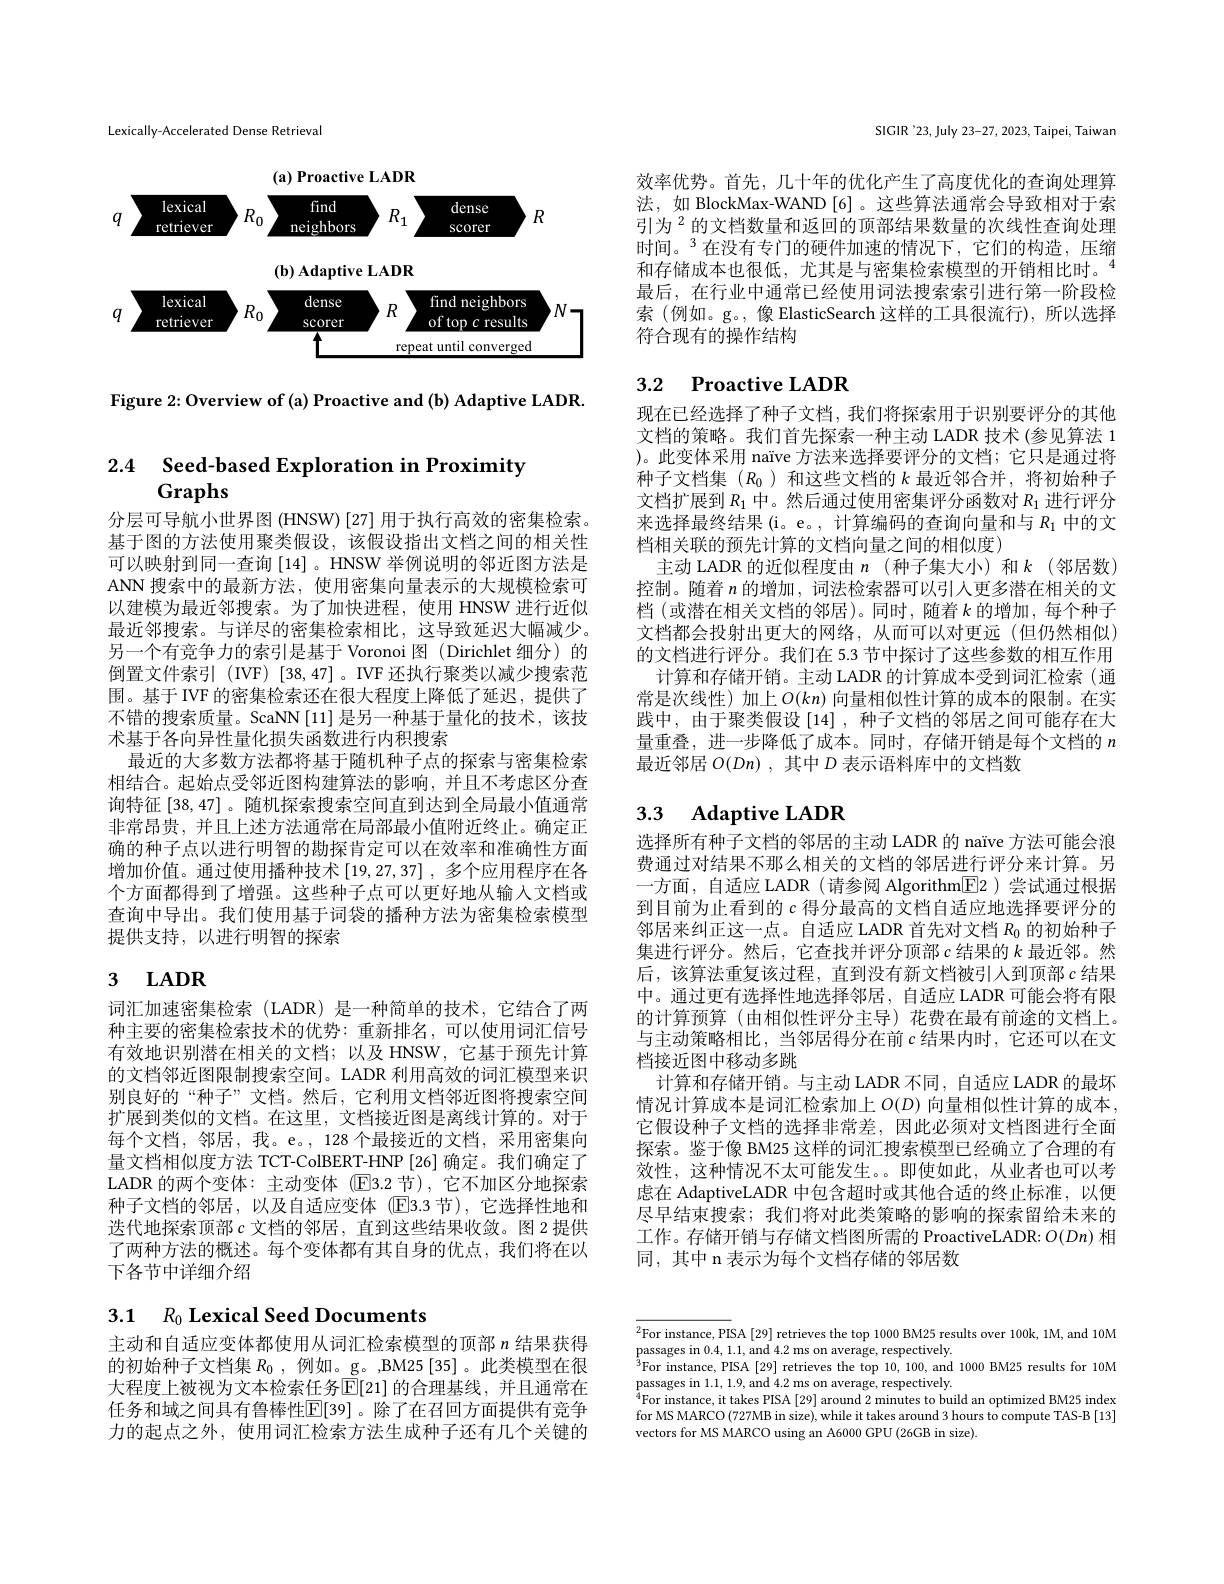
Lexically-Accelerated Dense Retrieval

<FigureHere>

Figure 2: Overview of (a) Proactive and (b) Adaptive LADR.

2.4 Seed-based Exploration in Proximity
# Graphs

分层可导航小世界图 (HNSW) [27] 用于执行高效的密集检索。基于图的方法使用聚类假设，该假设指出文档之间的相关性可以映射到同一查询 [14]。HNSW 举例说明的邻近图方法是ANN 搜索中的最新方法，使用密集向量表示的大规模检索可以建模为最近邻搜索。为了加快进程，使用 HNSW 进行近似最近邻搜索。与详尽的密集检索相比，这导致延迟大幅减少。另一个有竞争力的索引是基于 Voronoi 图 (Dirichlet 细分)的倒置文件索引 (IVF) [38,47]。IVF 还执行聚类以减少搜索范围。基于 IVF 的密集检索还在很大程度上降低了延迟，提供了不错的搜索质量。ScaNN[11] 是另一种基于量化的技术，该技术基于各向异性量化损失函数进行内积搜索
最近的大多数方法都将基于随机种子点的探索与密集检索相结合。起始点受邻近图构建算法的影响，并且不考虑区分查询特征[38,47] 。随机探索搜索空间直到达到全局最小值通常非常昂贵，并且上述方法通常在局部最小值附近终止。确定正确的种子点以进行明智的勘探肯定可以在效率和准确性方面增加价值。通过使用播种技术$\left[19,27,37\right]$,多个应用程序在各个方面都得到了增强。这些种子点可以更好地从输入文档或查询中导出。我们使用基于词袋的播种方法为密集检索模型提供支持，以进行明智的探索

# 3 LADR

词汇加速密集检索 (LADR) 是一种简单的技术，它结合了两种主要的密集检索技术的优势：重新排名，可以使用词汇信号有效地识别潜在相关的文档；以及 HNSW,它基于预先计算的文档邻近图限制搜索空间。LADR 利用高效的词汇模型来识别良好的“种子”文档。然后，它利用文档邻近图将搜索空间扩展到类似的文档。在这里，文档接近图是离线计算的。对于每个文档，邻居，我。e。, 128 个最接近的文档，采用密集向量文档相似度方法 TCT-ColBERT-HNP [26] 确定。我们确定了LADR 的两个变体：主动变体 (E3.2 节), 它不加区分地探索种子文档的邻居，以及自适应变体(E3.3 节),它选择性地和迭代地探索顶部$c$文档的邻居，直到这些结果收敛。图 2 提供了两种方法的概述。每个变体都有其自身的优点，我们将在以下各节中详细介绍

# 3.1 $R_0$ Lexical Seed Documents

主动和自适应变体都使用从词汇检索模型的顶部$n$结果获得的初始种子文档集$R_0$,例如。g。,BM25[35]。此类模型在很大程度上被视为文本检索任务$\overline{\mathbb{E}}[21]$ 的合理基线，并且通常在任务和域之间具有鲁棒性$\mathbb{E}[$39]。除了在召回方面提供有竞争力的起点之外，使用词汇检索方法生成种子还有几个关键的

SIGIR'23, July 23-27, 2023, Taipei, Taiwan

效率优势。首先，几十年的优化产生了高度优化的查询处理算法，如 BlockMax-WAND[6]。这些算法通常会导致相对于索引为$^{2}$的文档数量和返回的顶部结果数量的次线性查询处理时间。$^{3}$在没有专门的硬件加速的情况下，它们的构造，压缩和存储成本也很低，尤其是与密集检索模型的开销相比时。$^{4}$ 最后，在行业中通常已经使用词法搜索索引进行第一阶段检索(例如。g。,像 ElasticSearch 这样的工具很流行),所以选择符合现有的操作结构

# 3.2 Proactive LADR

现在已经选择了种子文档，我们将探索用于识别要评分的其他文档的策略。我们首先探索一种主动 LADR 技术 (参见算法 1 )。此变体采用 naïve 方法来选择要评分的文档；它只是通过将种子文档集$(R_0$ )和这些文档的$k$最近邻合并，将初始种子文档扩展到$R_1$中。然后通过使用密集评分函数对$R_{1}$进行评分来选择最终结果(i。e。, 计算编码的查询向量和与$R_1$中的文档相关联的预先计算的文档向量之间的相似度)
主动 LADR 的近似程度由 $n$ (种子集大小)和$k$ (邻居数) 控制。随着$n$的增加，词法检索器可以引人更多潜在相关的文档 (或潜在相关文档的邻居)。同时，随着$k$的增加，每个种子文档都会投射出更大的网络，从而可以对更远(但仍然相似) 的文档进行评分。我们在 5.3 节中探讨了这些参数的相互作用
计算和存储开销。主动 LADR 的计算成本受到词汇检索 (通常是次线性)加上$O(kn)$ 向量相似性计算的成本的限制。在实践中，由于聚类假设[14],种子文档的邻居之间可能存在大量重叠，进一步降低了成本。同时，存储开销是每个文档的$n$ 最近邻居$O( Dn)$ ,其中$D$表示语料库中的文档数

# 3.3 Adaptive LADR

选择所有种子文档的邻居的主动 LADR 的 naïve 方法可能会浪费通过对结果不那么相关的文档的邻居进行评分来计算。另一方面，自适应 LADR ( 请参阅 Algorithm$\boxed{\mathrm{F}}2$ )尝试通过根据到目前为止看到的$c$得分最高的文档自适应地选择要评分的邻居来纠正这一点。自适应 LADR 首先对文档$R_{0}$的初始种子集进行评分。然后，它查找并评分顶部$c$结果的$k$最近邻。然后，该算法重复该过程，直到没有新文档被引人到顶部$c$结果中。通过更有选择性地选择邻居，自适应 LADR 可能会将有限的计算预算 (由相似性评分主导)花费在最有前途的文档上。与主动策略相比，当邻居得分在前$c$结果内时，它还可以在文档接近图中移动多跳
计算和存储开销。与主动 LADR 不同，自适应 LADR 的最坏情况计算成本是词汇检索加上$O(D)$ 向量相似性计算的成本它假设种子文档的选择非常差，因此必须对文档图进行全面探索。鉴于像 BM25 这样的词汇搜索模型已经确立了合理的有效性，这种情况不太可能发生。。即使如此，从业者也可以考虑在 AdaptiveLADR 中包含超时或其他合适的终止标准，以便尽早结束搜索；我们将对此类策略的影响的探索留给未来的工作。存储开销与存储文档图所需的 ProactiveLADR: $O(Dn)$相同，其中 n 表示为每个文档存储的邻居数

$\overline{{^2\text{For instance, PI}}}$SA [29] retrieves the top 1000 BM25 results over 100k, 1M, and 10M
passages in 0.4,1.1, and 4.2 ms on average, respectively
$^3$For instance, PISA [29] retrieves the top 10,100, and 1000 BM25 results for 10M
$\underset{A}{\operatorname*{\text{passages in 1.1, 1.9, and 4.2 ms on average, respectively.}}}$
for MS MARCO (727MB in size), while it takes around 3 hours to compute TAS-B [13] vectors for MS MARCO using an A6000 GPU (26GB in size).